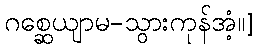
ဂစ္ဆေယျာမ-သွားကုန်အံ့။]